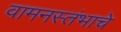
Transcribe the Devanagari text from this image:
वामनस्तंभाचे